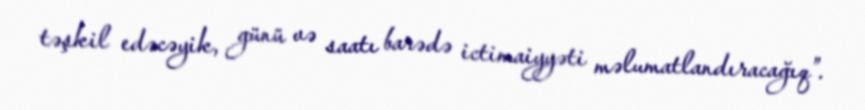
təşkil edəcəyik, günü və saatı barədə ictimaiyyəti məlumatlandıracağıq”.